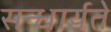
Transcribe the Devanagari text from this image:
सन्धार्यते